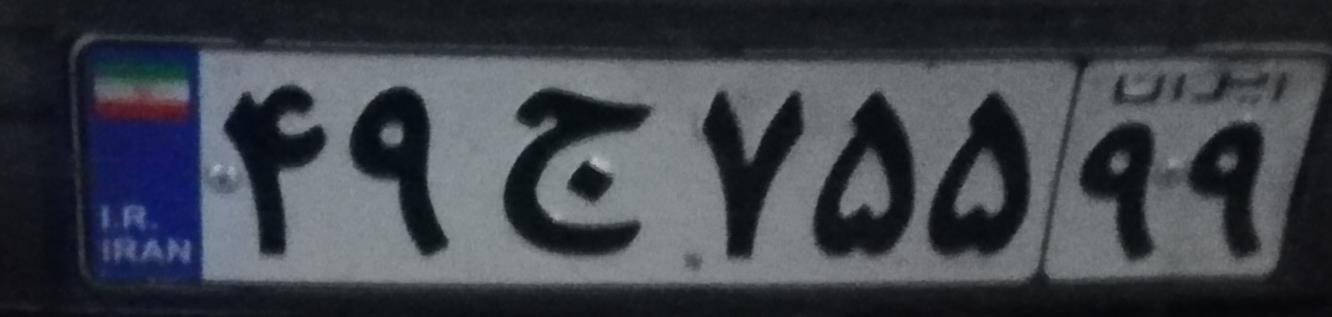
۴۹ج۷۵۵۹۹